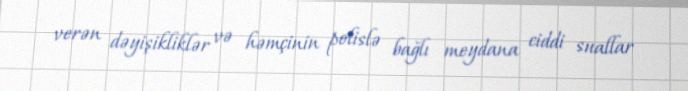
verən dəyişikliklər və həmçinin polislə bağlı meydana ciddi suallar